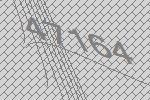
47164